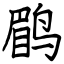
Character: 鹛